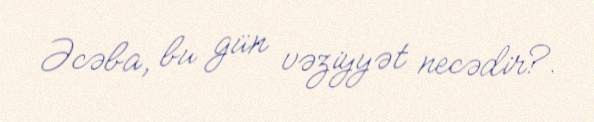
Əcəba, bu gün vəziyyət necədir?.